system: You are a helpful assistant.
user:
Analyze the provided spectrum to determine if it is a **"Cataclysmic Variables (CV)"**.

- **Key Indicators for CV (Check for either state):**
    - **State 1: Quiescent / Low-State (Emission-Dominated)**
        - **(Primary):** Strong and *very broad* Hydrogen Balmer emission lines (e.g., $H\alpha$ at 6563 Å, $H\beta$ at 4861 Å). The 'broadness' (high velocity dispersion, often FWHM > 1000 km/s) is the key diagnostic, indicating a high-velocity accretion disk.
        - **(Secondary):** Broad neutral Helium (He I) emission lines (e.g., 5876 Å, 6678 Å).
        - **(Key Confirmation):** Presence of high-excitation *ionized* Helium (He II) emission at 4686 Å. This is a strong indicator of accretion onto a white dwarf.
        - **(Line Profile):** Emission lines may exhibit a 'double-peaked' profile, which is a classic signature of a rotating accretion disk viewed at high inclination.

    - **State 2: Outburst / High-State (Absorption-Dominated)**
        - **(Primary):** Spectrum is dominated by a bright, blue continuum (looks like a hot star).
        - **(Secondary):** The emission lines from State 1 are weak, absent, or 'filled in', and are replaced by broad, shallow *absorption* lines (primarily Balmer and He I).
        - **(Morphology):** The overall spectrum mimics a hot B/A-type star. The crucial difference is that the absorption lines are significantly broader, shallower, and more 'washed-out' (or 'smeared') than the sharp lines of a normal stellar photosphere, due to high rotational speeds and pressure broadening in the disk.

Think first, call **spectral_visualization_tool** if needed to examine features in detail, then provide your final answer. Your response must adhere to the following strict rules:
1.  **Overall Structure:** Your response must follow the format `<think>...</think> <tool_call>...</tool_call> (if a tool is used) <answer>...</answer>`.
2.  **Tool Usage Constraint:** You may only make **one** tool call per turn.
3.  **Final Answer Format:** In the `<answer>` tag, your conclusion must be inside a `\boxed{}` command (e.g., `\boxed{YES}`), followed by your justification.

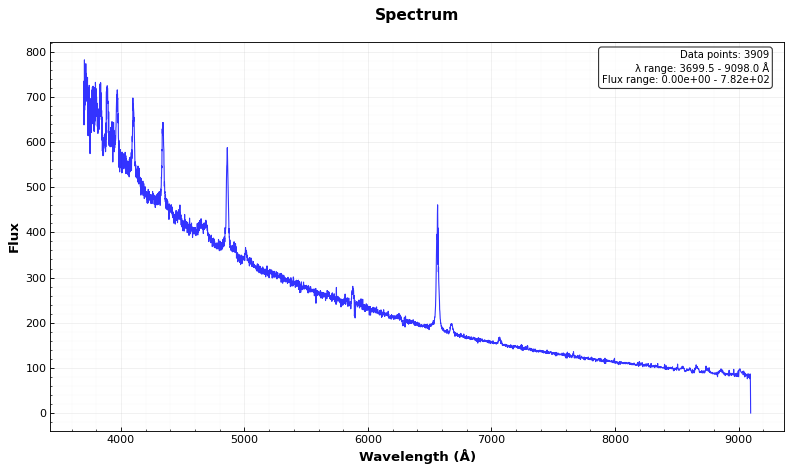
Answer: YES